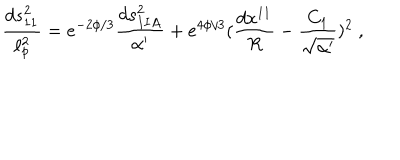
{ \frac { d s _ { 1 1 } ^ { 2 } } { \ell _ { p } ^ { 2 } } } = e ^ { - 2 \phi / 3 } { \frac { d s _ { I I A } ^ { 2 } } { \alpha ^ { \prime } } } + e ^ { 4 \phi / 3 } ( { \frac { d x ^ { 1 1 } } { R } } - { \frac { C _ { 1 } } { \sqrt { \alpha ^ { \prime } } } } ) ^ { 2 } \ ,